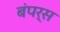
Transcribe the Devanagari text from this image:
बंपर्स